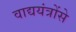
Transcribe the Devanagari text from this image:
वाद्ययंत्रोंसे